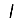
Digit: 1